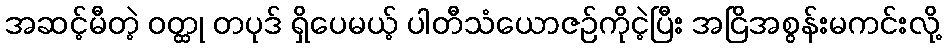
အဆင့်မီတဲ့ ဝတ္ထု တပုဒ် ရှိပေမယ့် ပါတီသံယောဇဉ်ကိုငဲ့ပြီး အငြိအစွန်းမကင်းလို့